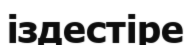
іздестіре